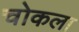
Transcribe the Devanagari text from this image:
चोकला